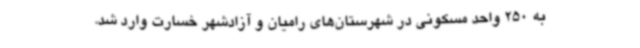
به 250 واحد مسکونی در شهرستان‌های رامیان و آزادشهر خسارت وارد شد.